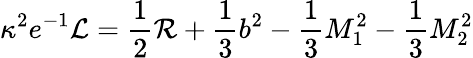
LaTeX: \kappa^{2}e^{-1}{\cal{L}}=\frac{1}{2}{\cal{R}}+\frac{1}{3}b^{2}-\frac{1}{3}M_{1}^{2}-\frac{1}{3}M_{2}^{2}